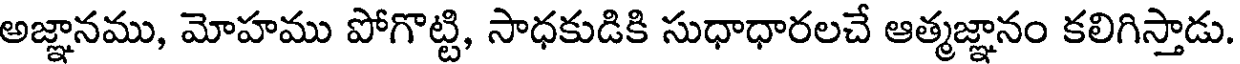
అజ్ఞానము, మోహము పోగొట్టి, సాధకుడికి సుధాధారలచే ఆత్మజ్ఞానం కలిగిస్తాడు